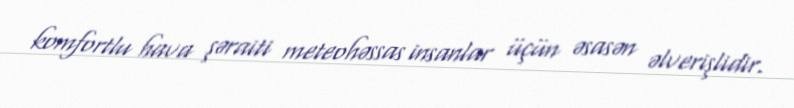
komfortlu hava şəraiti meteohəssas insanlar üçün əsasən əlverişlidir.